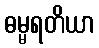
ဓမ္မရတိယာ